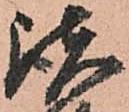
諸